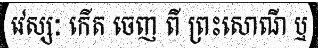
វេស្សៈ កើត ចេញ ពី ព្រះសោណី ឬ